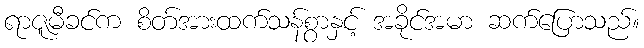
ရာဇူမီခင်က စိတ်အားထက်သန်စွာနှင့် အခိုင်အမာ ဆက်ပြောသည်။